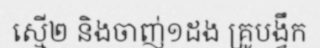
ស្មើ២ និងចាញ់១ដង គ្រូបង្វឹក